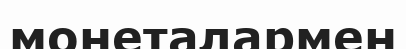
монеталармен